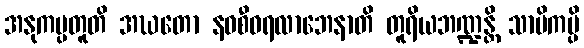
အနုကမ္ပတူတိ အဃတော နဝစီဝရလာဘေနာတိ တူရိယဘဏ္ဍန္တိ သာမိကမ္ပိ